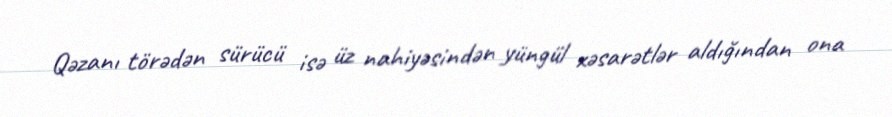
Qəzanı törədən sürücü isə üz nahiyəsindən yüngül xəsarətlər aldığından ona